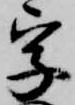
字